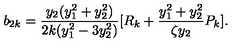
b _ { 2 k } = \frac { y _ { 2 } ( y _ { 1 } ^ { 2 } + y _ { 2 } ^ { 2 } ) } { 2 k ( y _ { 1 } ^ { 2 } - 3 y _ { 2 } ^ { 2 } ) } [ R _ { k } + \frac { y _ { 1 } ^ { 2 } + y _ { 2 } ^ { 2 } } { \zeta y _ { 2 } } P _ { k } ] .